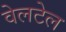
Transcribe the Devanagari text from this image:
वेलटेल